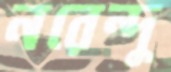
নরেন্দু